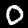
Digit: 0